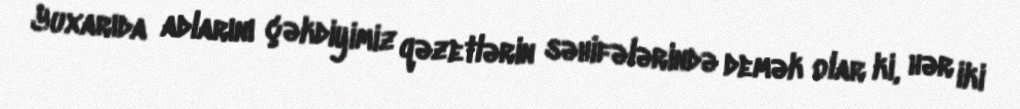
Yuxarıda adlarını çəkdiyimiz qəzetlərin səhifələrində demək olar ki, hər iki